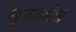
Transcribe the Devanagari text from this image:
मूळमंत्र